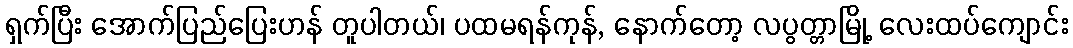
ရှက်ပြီး အောက်ပြည်ပြေးဟန် တူပါတယ်၊ ပထမရန်ကုန်, နောက်တော့ လပွတ္တာမြို့ လေးထပ်ကျောင်း